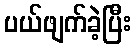
ပယ်ဖျက်ခဲ့ပြီး